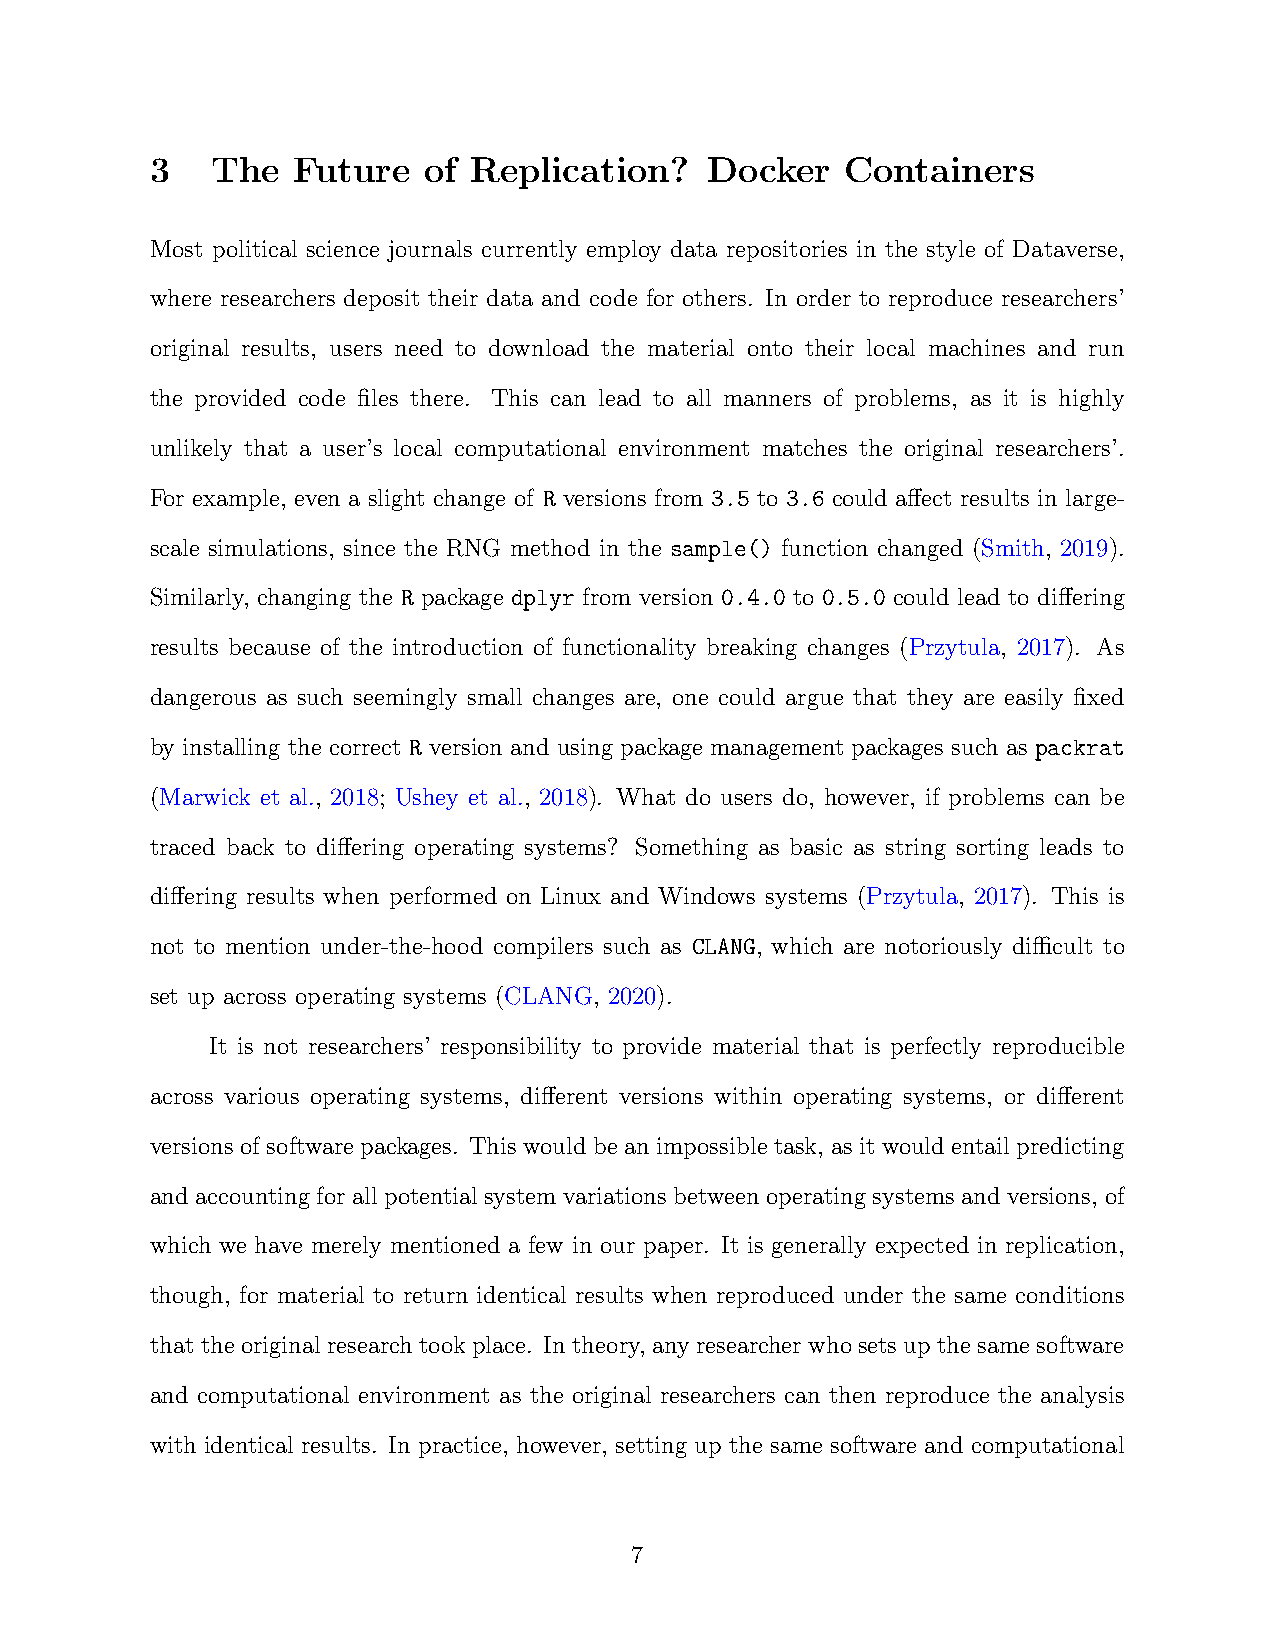
3   The  Future   of Replication?    Docker   Containers
 Most political science journals currently employ data repositories in the style of Dataverse,
 where researchers deposit their data and code for others. In order to reproduce researchers’
 original results, users need to download the material onto their local machines and run
 the provided code files there. This can lead to all manners of problems, as it is highly
 unlikely that a user’s local computational environment matches the original researchers’.
 For example, even a slight change of R versions from 3.5 to 3.6 could affect results in large-
 scale simulations, since the RNG method in the sample() function changed (Smith, 2019).
 Similarly, changing the R package dplyr from version 0.4.0 to 0.5.0 could lead to differing
 results because of the introduction of functionality breaking changes (Przytula, 2017). As
 dangerous as such seemingly small changes are, one could argue that they are easily fixed
 by installing the correct R version and using package management packages such as packrat
 (Marwick et al., 2018; Ushey et al., 2018). What do users do, however, if problems can be
 traced back to differing operating systems? Something as basic as string sorting leads to
 differing results when performed on Linux and Windows systems (Przytula, 2017). This is
 not to mention under-the-hood compilers such as CLANG, which are notoriously difficult to
 set up across operating systems (CLANG, 2020).
 It is not researchers’ responsibility to provide material that is perfectly reproducible
 across various operating systems, different versions within operating systems, or different
 versions of software packages. This would be an impossible task, as it would entail predicting
 and accounting for all potential system variations between operating systems and versions, of
 which we have merely mentioned a few in our paper. It is generally expected in replication,
 though, for material to return identical results when reproduced under the same conditions
 thattheoriginalresearchtookplace. Intheory, anyresearcherwhosetsupthesamesoftware
 and computational environment as the original researchers can then reproduce the analysis
 with identical results. In practice, however, setting up the same software and computational
 7